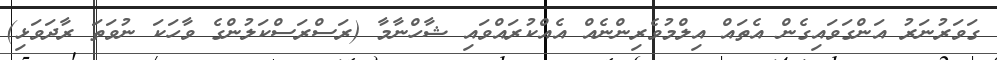
ގަވަރުނަރު އަންގަވައިގެން އެތައް އިލްމުވެރިންނެއް އެއްކުރައްވައި ޝާހްނާމާ (ރަސްރަސްކަލުންގެ ވާހަކަ ނުވަތަ ރާދަވަޅި)